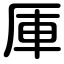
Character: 厙